Sketch of the medical history of the native army of Bombay, for the year
Year: 1876
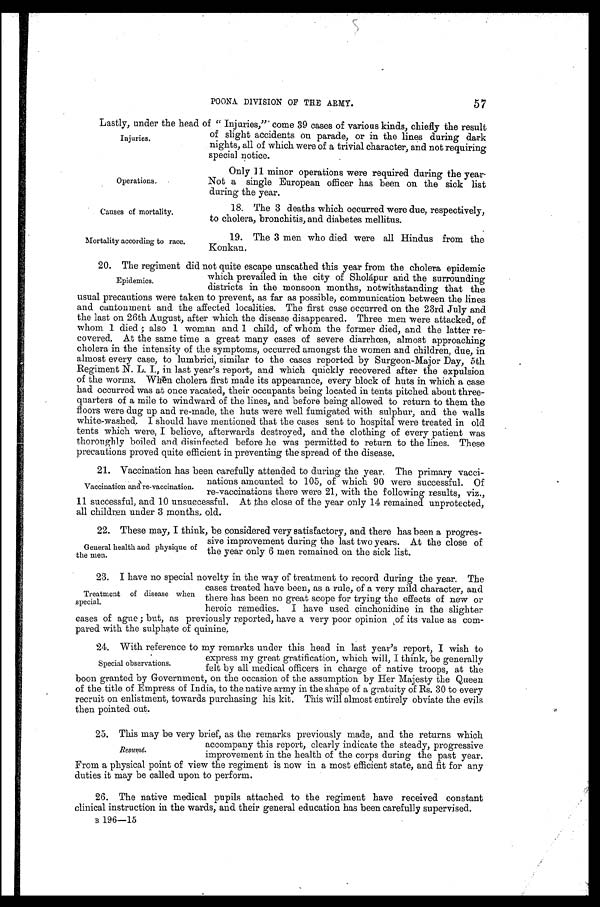
Operations.
Causes of mortality.
Mortality according to race.
57
POONA DIVISION OF THE ARMY.
Lastly, under the head of "Injuries," come 39 cases of various kinds chiefly the result
of slight accidents on parade, or in the lines during dark
nights, all of which were of a trivial character, and not requiring
special notice.
Injuries.
Only 11 minor operations were required during the year.
Not a single European officer has been on the sick list
during the year.
18. The 3 deaths which occurred were due, respectively,
to cholera, bronchitis, and diabetes mellitus.
19. The 3 men who died were all Hindus from the
Konkan.
20. The regiment did not quite escape unscathed this year from the cholera epidemic
which prevailed in the city of Sholápur and the surrounding
districts in the monsoon months, notwithstanding that the
usual precautions were taken to prevent, as far as possible, communication between the lines
and cantonment and the affected localities. The first case occurred on the 23rd July and
the last on 26th August, after which the disease disappeared. Three men were attacked, of
whom 1 died; also 1 woman and 1 child, of whom the former died, and the latter re-
covered. At the same time a great many cases of severe diarrhœa, almost approaching
cholera in the intensity of the symptoms, occurred amongst the women and children, due, in
almost every case, to lumbrici, similar to the cases reported by Surgeon-Major Day, 5th
Regiment N. L. I., in last year's report, and which quickly recovered after the expulsion
of the worms. When cholera first made its appearance, every block of huts in which a case
had occurred was at once vacated, their occupants being located in tents pitched about three-
quarters of a mile to windward of the lines, and before being allowed to return to them the
floors were dug up and re-made, the huts were well fumigated with sulphur, and the walls
white-washed. I should have mentioned that the cases sent to hospital were treated in old
tents which were, I believe, afterwards destroyed, and the clothing of every patient was
thoroughly boiled and disinfected before he was permitted to return to the lines. These
precautions proved quite efficient in preventing the spread of the disease.
21. Vaccination has been carefully attended to during the year. The primary vacci-
nations amounted to 105, of which 90 were successful. Of
re-vaccinations there were 21, with the following results, viz.,
11 successful, and 10 unsuccessful. At the close of the year only 14 remained unprotected,
all children under 3 months. old.
22. These may, I think, be considered very satisfactory, and there has been a progres-
sive improvement during the last two years. At the close of
the year only 6 men remained on the sick list.
23. I have no special novelty in the way of treatment to record during the year. The
cases treated have been, as a rule, of a very mild character, and
there has been no great scope for trying the effects of new or
heroic remedies. I have used cinchonidine in the slighter
cases of ague; but, as previously reported, have a very poor opinion of its value as com-
pared with the sulphate of quinine.
24. With reference to my remarks under this head in last year's report, I wish to
express my great gratification, which will, I think, be generally
felt by all medical officers in charge of native troops, at the
boon granted by government, on the occasion of the assumption by Her Majesty the Queen
of the title of Empress of India, to the native army in the shape of a gratuity of Rs. 30 to every
recruit on enlistment, towards purchasing his kit. This will almost entirely obviate the evils
then pointed out.
25. This may be very brief, as the remarks previously made, and the returns which
accompany this report, clearly indicate the steady, progressive
improvement in the health of the corps during the past year.
From a physical point of view the regiment is now in a most efficient state, and fit for any
duties it may be called upon to perform.
26. The native medical pupils attached to the regiment have received constant
clinical instruction in the wards, and their general education has been carefully supervised.
B 196-15
Epidemics.
Vaccination and re-vaccination.
General health and physique of
the men.
Treatment of disease when
special.
Special observations.
Resumé.